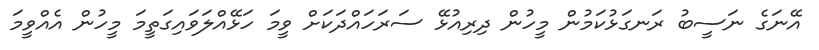
އޭނަގެ ނަސީބު ރަނގަޅުކަމުން މީހުން ދިރިއުޅޭ ސަރަހައްދަކަށް ވީމަ ހަޅޭއްލަވައިގަތީމަ މީހުން އެއްވީމަ